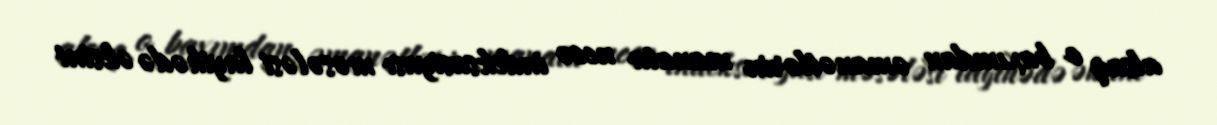
alsaq o baxımdan əmanətlərin manata necə indeksasiyası məsələsi layihədə əksini